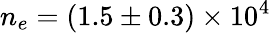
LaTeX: n_{e}=(1.5\pm 0.3)\times 10^{4}